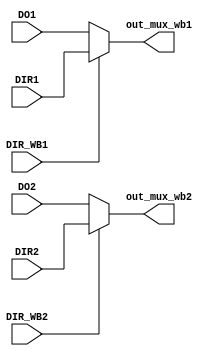
`timescale 1ns / 1ps
//////////////////////////////////////////////////////////////////////////////////
// Design Name:
// Module Name: wb
//////////////////////////////////////////////////////////////////////////////////


module wb(
  input DIR_WB1, DIR_WB2,
  input [31:0] DO1, DIR1, DO2, DIR2,
  output [31:0] out_mux_wb1, out_mux_wb2);


  assign out_mux_wb1 = DIR_WB1 ? DIR1 : DO1;
  assign out_mux_wb2 = DIR_WB2 ? DIR2 : DO2;


endmodule